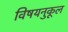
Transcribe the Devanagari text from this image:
विषयनुकूल